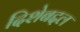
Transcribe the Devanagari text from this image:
दिशेबद्दल